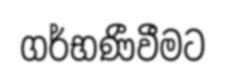
ගර්භණීවීමට